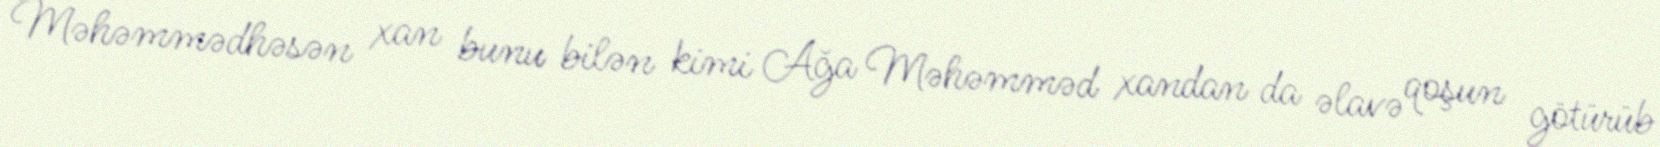
Məhəmmədhəsən xan bunu bilən kimi Ağa Məhəmməd xandan da əlavə qoşun götürüb